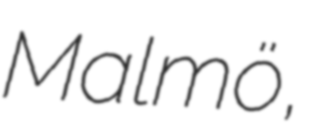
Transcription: Malmö,